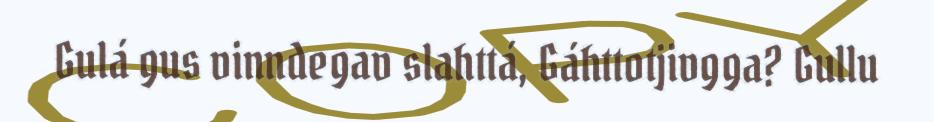
Gulá gus vinndegav slahttá, Gáhttotjivgga? Gullu